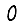
Digit: 0